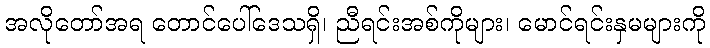
အလိုတော်အရ တောင်ပေါ်ဒေသရှိ၊ ညီရင်းအစ်ကိုများ၊ မောင်ရင်းနှမများကို